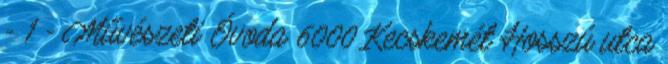
- 1 - Művészeti Óvoda 6000 Kecskemét Hosszú utca